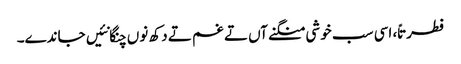
فطرتاً، اسی سب خوشی منگنے آں تے غم تے دکھ نوں چنگا نئیں جاندے۔